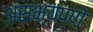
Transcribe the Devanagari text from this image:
असभ्यपणे